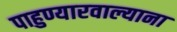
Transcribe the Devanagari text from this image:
पाहुण्यारवाल्याना